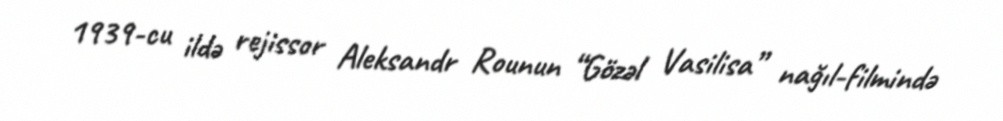
1939-cu ildə rejissor Aleksandr Rounun “Gözəl Vasilisa” nağıl-filmində